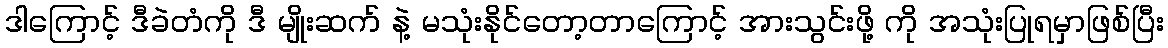
ဒါကြောင့် ဒီခဲတံကို ဒီ မျိုးဆက် နဲ့ မသုံးနိုင်တော့တာကြောင့် အားသွင်းဖို့ ကို အသုံးပြုရမှာဖြစ်ပြီး